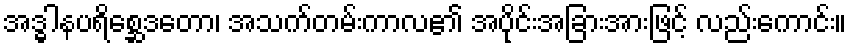
အဒ္ဓါနပရိစ္ဆေဒတော၊ အသက်တမ်းကာလ၏ အပိုင်းအခြားအားဖြင့် လည်းကောင်း။